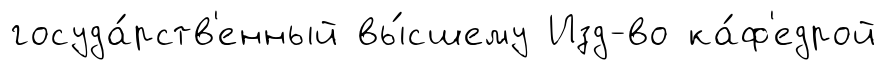
госуда́рств'енный вы́сшему Изд-во ка́ф'едрой